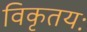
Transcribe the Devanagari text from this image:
विकृतयः